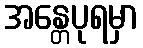
အန္တေပုရမှာ